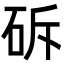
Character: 䂨